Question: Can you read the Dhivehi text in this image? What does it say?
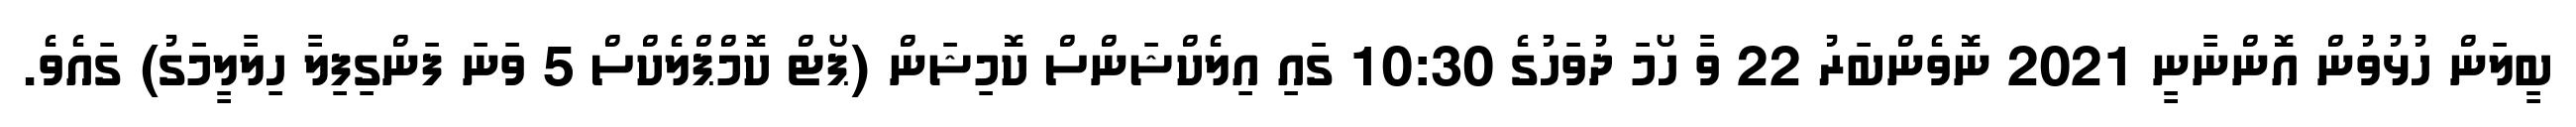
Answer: ބީލަން ހުޅުވުން އޮންނާނީ 2021 ނޮވެންބަރު 22 ވާ ހޯމަ ދުވަހުގެ 10:30 ގައި އިލެކްޝަންސް ކޮމިޝަން (ޕޯޓް ކޮމްޕްލެކްސް 5 ވަނަ ފަންގިފިލާ ހިލާލީމަގު) ގައެވެ.